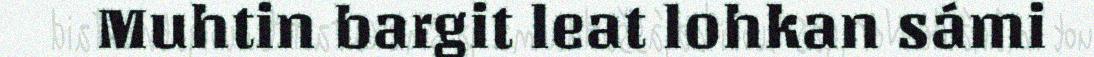
Muhtin bargit leat lohkan sámi